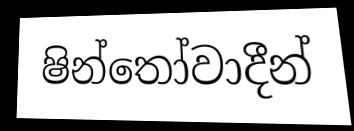
ෂින්තෝවාදීන්